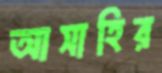
আসাহির